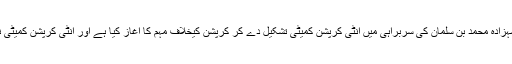
سعودی فرمانروا شاہ سلمان بن عبدالعزیز نے ولی عہد شہزادہ محمد بن سلمان کی سربراہی میں انٹی کرپشن کمیٹی تشکیل دے کر کرپشن کیخلاف مہم کا آغاز کیا ہے اور انٹی کرپشن کمیٹی نے اس سلسلہ میں وسیع پیمانے پر کریک ڈائون کیا ہے۔